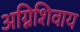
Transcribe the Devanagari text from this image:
अग्निशिवाय